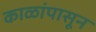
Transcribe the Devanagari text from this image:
काळांपासून